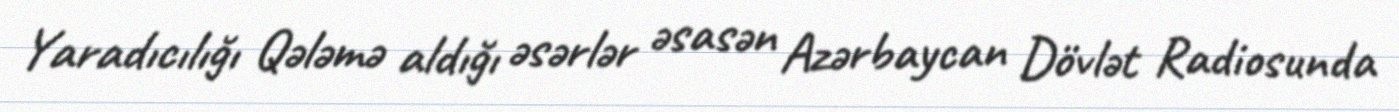
Yaradıcılığı Qələmə aldığı əsərlər əsasən Azərbaycan Dövlət Radiosunda